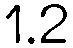
1.2